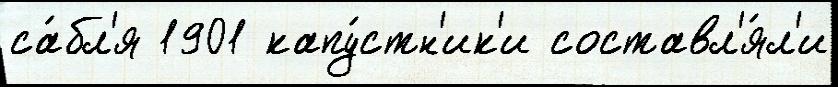
са́бл'я 1901 капу́стн'ик'и составл'я́л'и